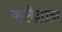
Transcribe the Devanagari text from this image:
कलैज्ञान